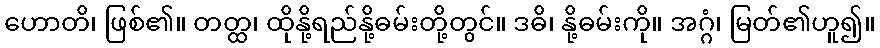
ဟောတိ၊ ဖြစ်၏။ တတ္ထ၊ ထိုနို့ရည်နို့ဓမ်းတို့တွင်။ ဒဓိ၊ နို့ဓမ်းကို။ အဂ္ဂံ၊ မြတ်၏ဟူ၍။